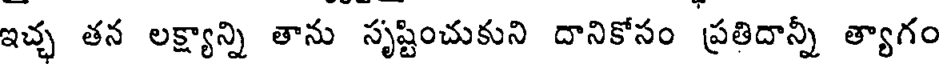
ఇచ్చ తన లక్ష్యాన్ని తాను సృష్టించుకుని దానికోసం ప్రతిదాన్నీ త్యాగం